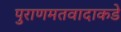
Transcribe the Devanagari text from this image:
पुराणमतवादाकडे